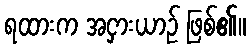
ရထားက အငှားယာဉ် ဖြစ်၏။